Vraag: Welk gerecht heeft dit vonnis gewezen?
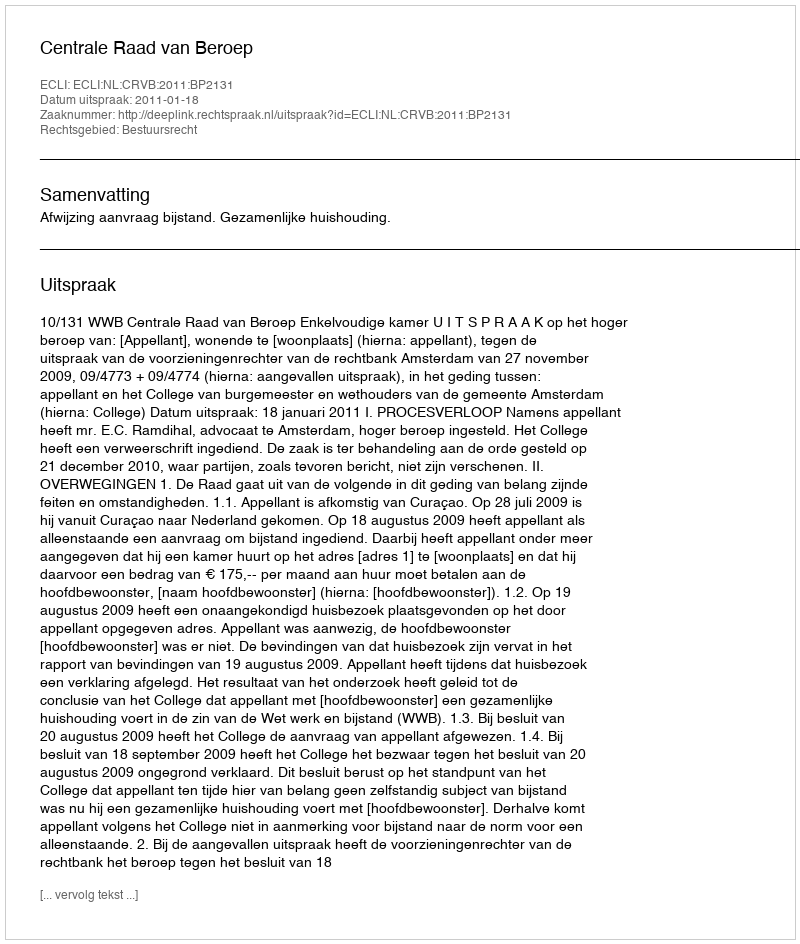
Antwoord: Centrale Raad van Beroep